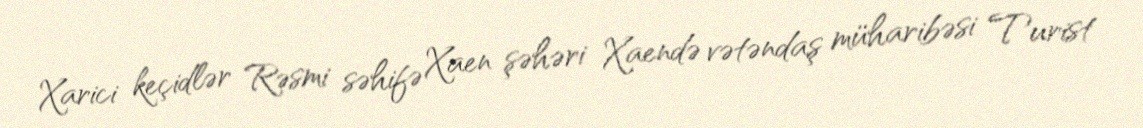
Xarici keçidlər Rəsmi səhifə Xaen şəhəri Xaendə vətəndaş müharibəsi Turist